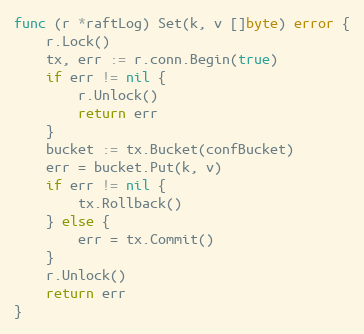
Language: Go
func (r *raftLog) Set(k, v []byte) error {
	r.Lock()
	tx, err := r.conn.Begin(true)
	if err != nil {
		r.Unlock()
		return err
	}
	bucket := tx.Bucket(confBucket)
	err = bucket.Put(k, v)
	if err != nil {
		tx.Rollback()
	} else {
		err = tx.Commit()
	}
	r.Unlock()
	return err
}